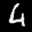
Label: 4